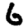
Digit: 6